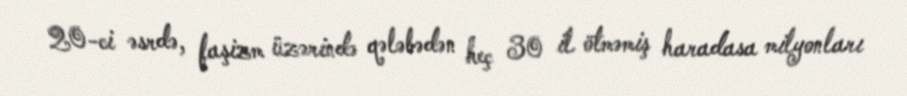
20-ci əsrdə, faşizm üzərində qələbədən heç 30 il ötməmiş haradasa milyonları